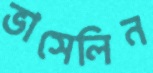
ভাসেলিন